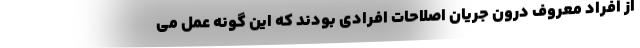
از افراد معروف درون جریان اصلاحات افرادی بودند که این گونه عمل می